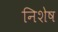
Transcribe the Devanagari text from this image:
निशेष